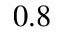
0 . 8